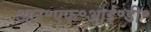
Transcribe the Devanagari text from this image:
आर॰एफ॰आई॰डी॰